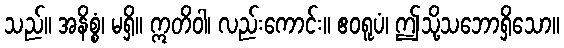
သည်။ အနိစ္စံ၊ မရှိ။ ဣတိဝါ၊ လည်းကောင်း။ ဧဝရူပံ၊ ဤသို့သဘောရှိသော။